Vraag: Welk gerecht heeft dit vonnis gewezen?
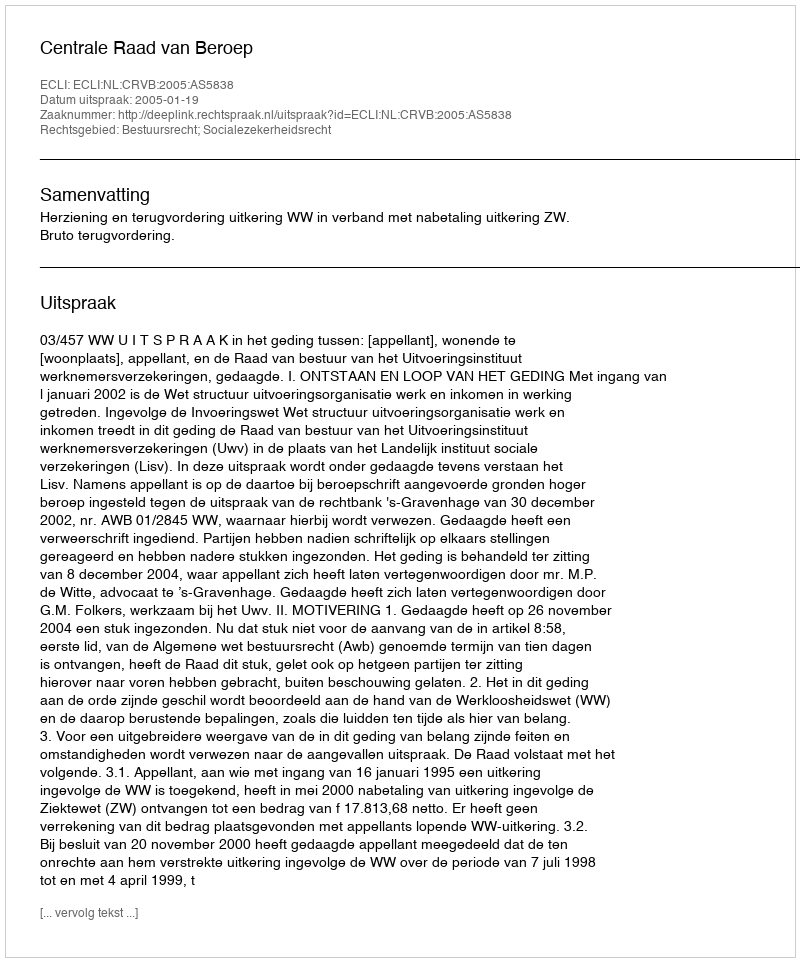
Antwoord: Centrale Raad van Beroep